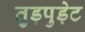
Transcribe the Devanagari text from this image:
तुड़पुड़ेट